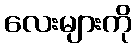
လေးများကို